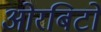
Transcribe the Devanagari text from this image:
ओरबिटों